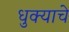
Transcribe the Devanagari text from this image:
धुक्याचे